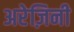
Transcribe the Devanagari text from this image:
अरेज़िनी